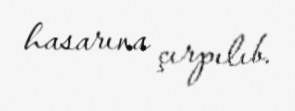
hasarına çırpılıb.